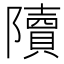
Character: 𨽍